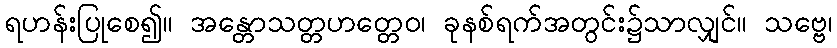
ရဟန်းပြုစေ၍။ အန္တောသတ္တဟတ္တေဝ၊ ခုနစ်ရက်အတွင်း၌သာလျှင်။ သဗ္ဗေ၊